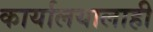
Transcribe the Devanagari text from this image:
कार्यालयालाही